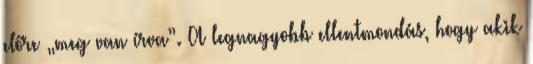
előre „meg van írva”. A legnagyobb ellentmondás, hogy akik